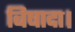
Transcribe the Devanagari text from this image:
बिषादा।